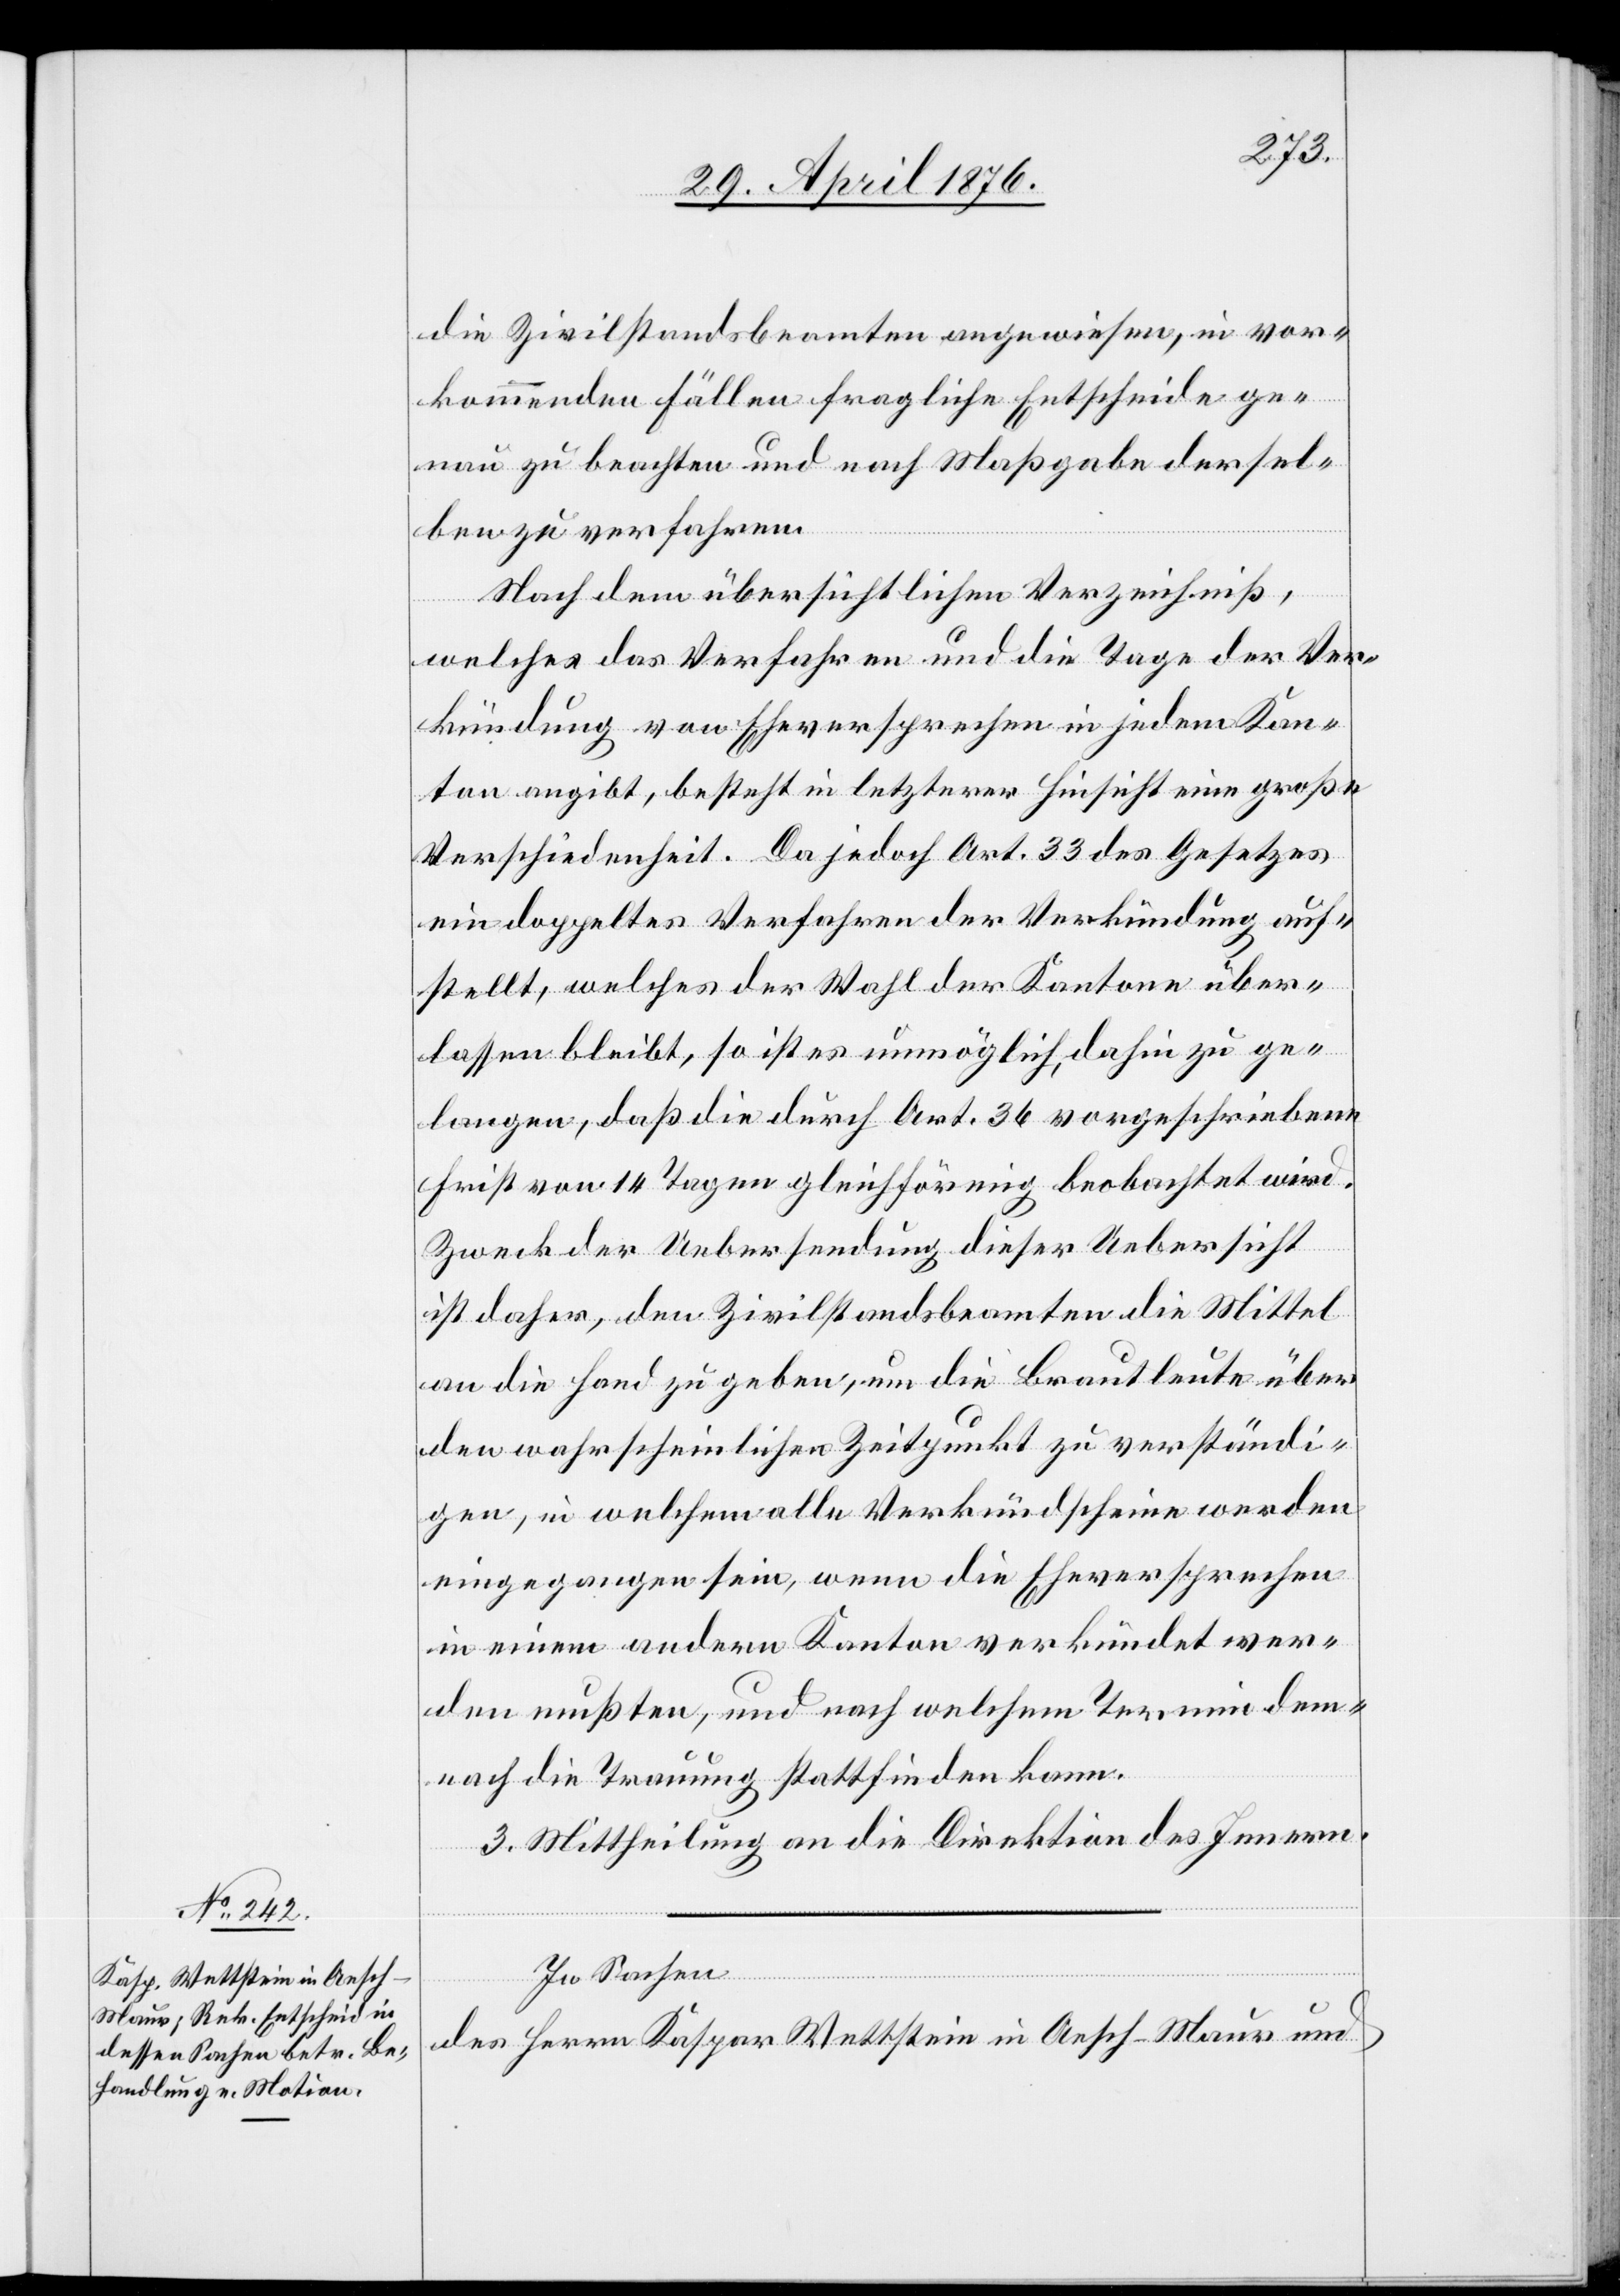
die Zivilstandsbeamten angewiesen, in vor¬
kommenden Fällen fragliche Entscheide ge¬
nau zu beachten und nach Maßgabe dersel¬
ben zu verfahren.
Nach dem übersichtlichen Verzeichniß,
welches das Verfahren und die Tage der Ver¬
kündung von Eheversprechen in jedem Kan¬
ton angibt, besteht in letzterer Hinsicht eine große
Verschiedenheit. Da jedoch Art. 33 des Gesetzes
ein doppeltes Verfahren der Verkündung auf¬
stellt, welches der Wahl der Kantone über¬
lassen bleibt, so ist es unmöglich, dahin zu ge¬
langen, daß die durch Art. 36 vorgeschriebene
Frist von 14 Tagen gleichförmig beobachtet wird.
Zweck der Uebersendung dieser Uebersicht
ist daher, den Zivilstandsbeamten die Mittel
an die Hand zu geben, um die Brautleute über
den wahrscheinlichen Zeitpunkt zu verständi¬
gen, in welchem alle Verkündscheine werden
eingegangen sein, wenn die Eheversprechen
in einem andern Kanton verkündet wer¬
den mußten, und nach welchem Termin dem¬
nach die Trauung stattfinden kann.
3. Mittheilung an die Direktion des Innern.
In Sachen,
des Herrn Kaspar Wettstein in Aesch - Maur und